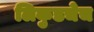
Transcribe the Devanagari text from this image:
लिकुडचेच